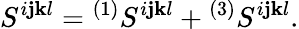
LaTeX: S^{i\mathbf{j}\mathbf{k}l}={}^{(1)}S^{i\mathbf{j}\mathbf{k}l}+{}^{(3)}S^{i\mathbf{j}\mathbf{k}l}.